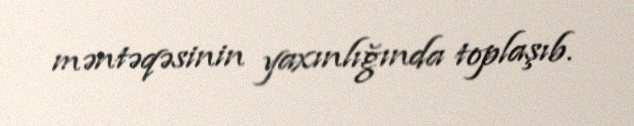
məntəqəsinin yaxınlığında toplaşıb.